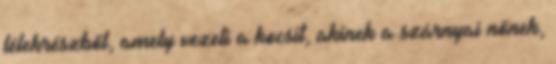
lélekrészből, amely vezeti a kocsit, akinek a szárnyai nőnek,